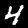
Digit: 4